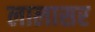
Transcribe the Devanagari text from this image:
लालासर